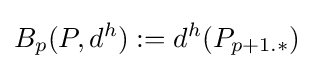
B_{p}(P,d^{h}):=d^{h}(P_{p+1.*})